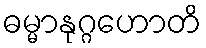
ဓမ္မာနုဂ္ဂဟောတိ